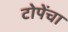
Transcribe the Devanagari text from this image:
टोपेंचा